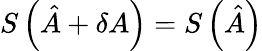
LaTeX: S\left(\hat{A}+\delta A\right)=S\left(\hat{A}\right)